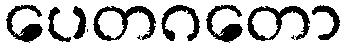
ပေတဂတော